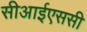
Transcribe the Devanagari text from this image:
सीआईएससी